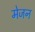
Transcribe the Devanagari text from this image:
मेजन